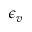
\epsilon _ { v }